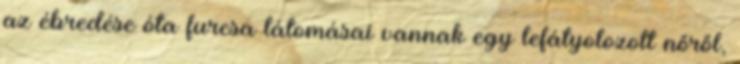
az ébredése óta furcsa látomásai vannak egy lefátyolozott nőről,